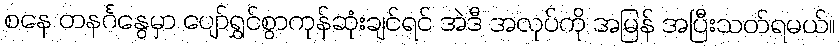
စနေ တနင်္ဂနွေမှာ ပျော်ရွှင်စွာကုန်ဆုံးချင်ရင် အဲဒီ အလုပ်ကို အမြန် အပြီးသတ်ရမယ်။